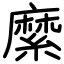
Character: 縻